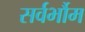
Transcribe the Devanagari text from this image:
सर्वर्भौम